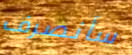
سأنصرف